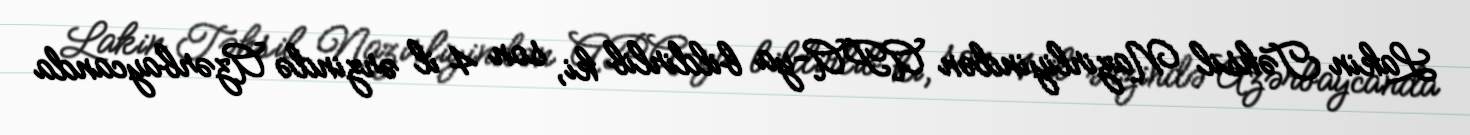
Lakin Təhsil Nazirliyindən APA-ya bildirlib ki, son 4 il ərzində Azərbaycanda